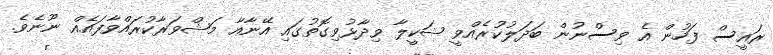
ރައީސް ފަހުން އެ ވިސްނުން ބަދަލުކުރެއްވީ ޝަކީލާ ވިދާޅުވިގޮތުގައި އޭނާއާ މަޝްވަރާކުރައްވާފައެއް ނޫނެވެ.